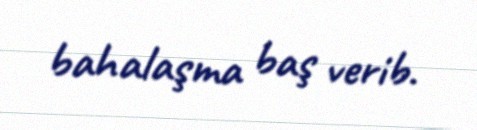
bahalaşma baş verib.